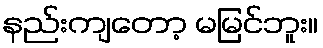
နည်းကျတော့ မမြင်ဘူး။